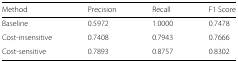
| Method | Precision | Recall | F1 Score |
 | --- | --- | --- | --- |
 | Baseline | 0.5972 | 1.0000 | 0.7478 |
 | Cost-insensitive | 0.7408 | 0.7943 | 0.7666 |
 | Cost-sensitive | 0.7893 | 0.8757 | 0.8302 |